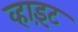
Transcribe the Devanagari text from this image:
व्हाइ़ट